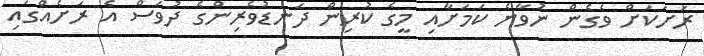
ރަށަކަށް ވެގެން ނުވާނެ ކަމަށާއި މީގެ ކުރިން ދަނޑުވެރިންގެ ދުވަސް އެ ރަށެއްގައި